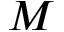
M